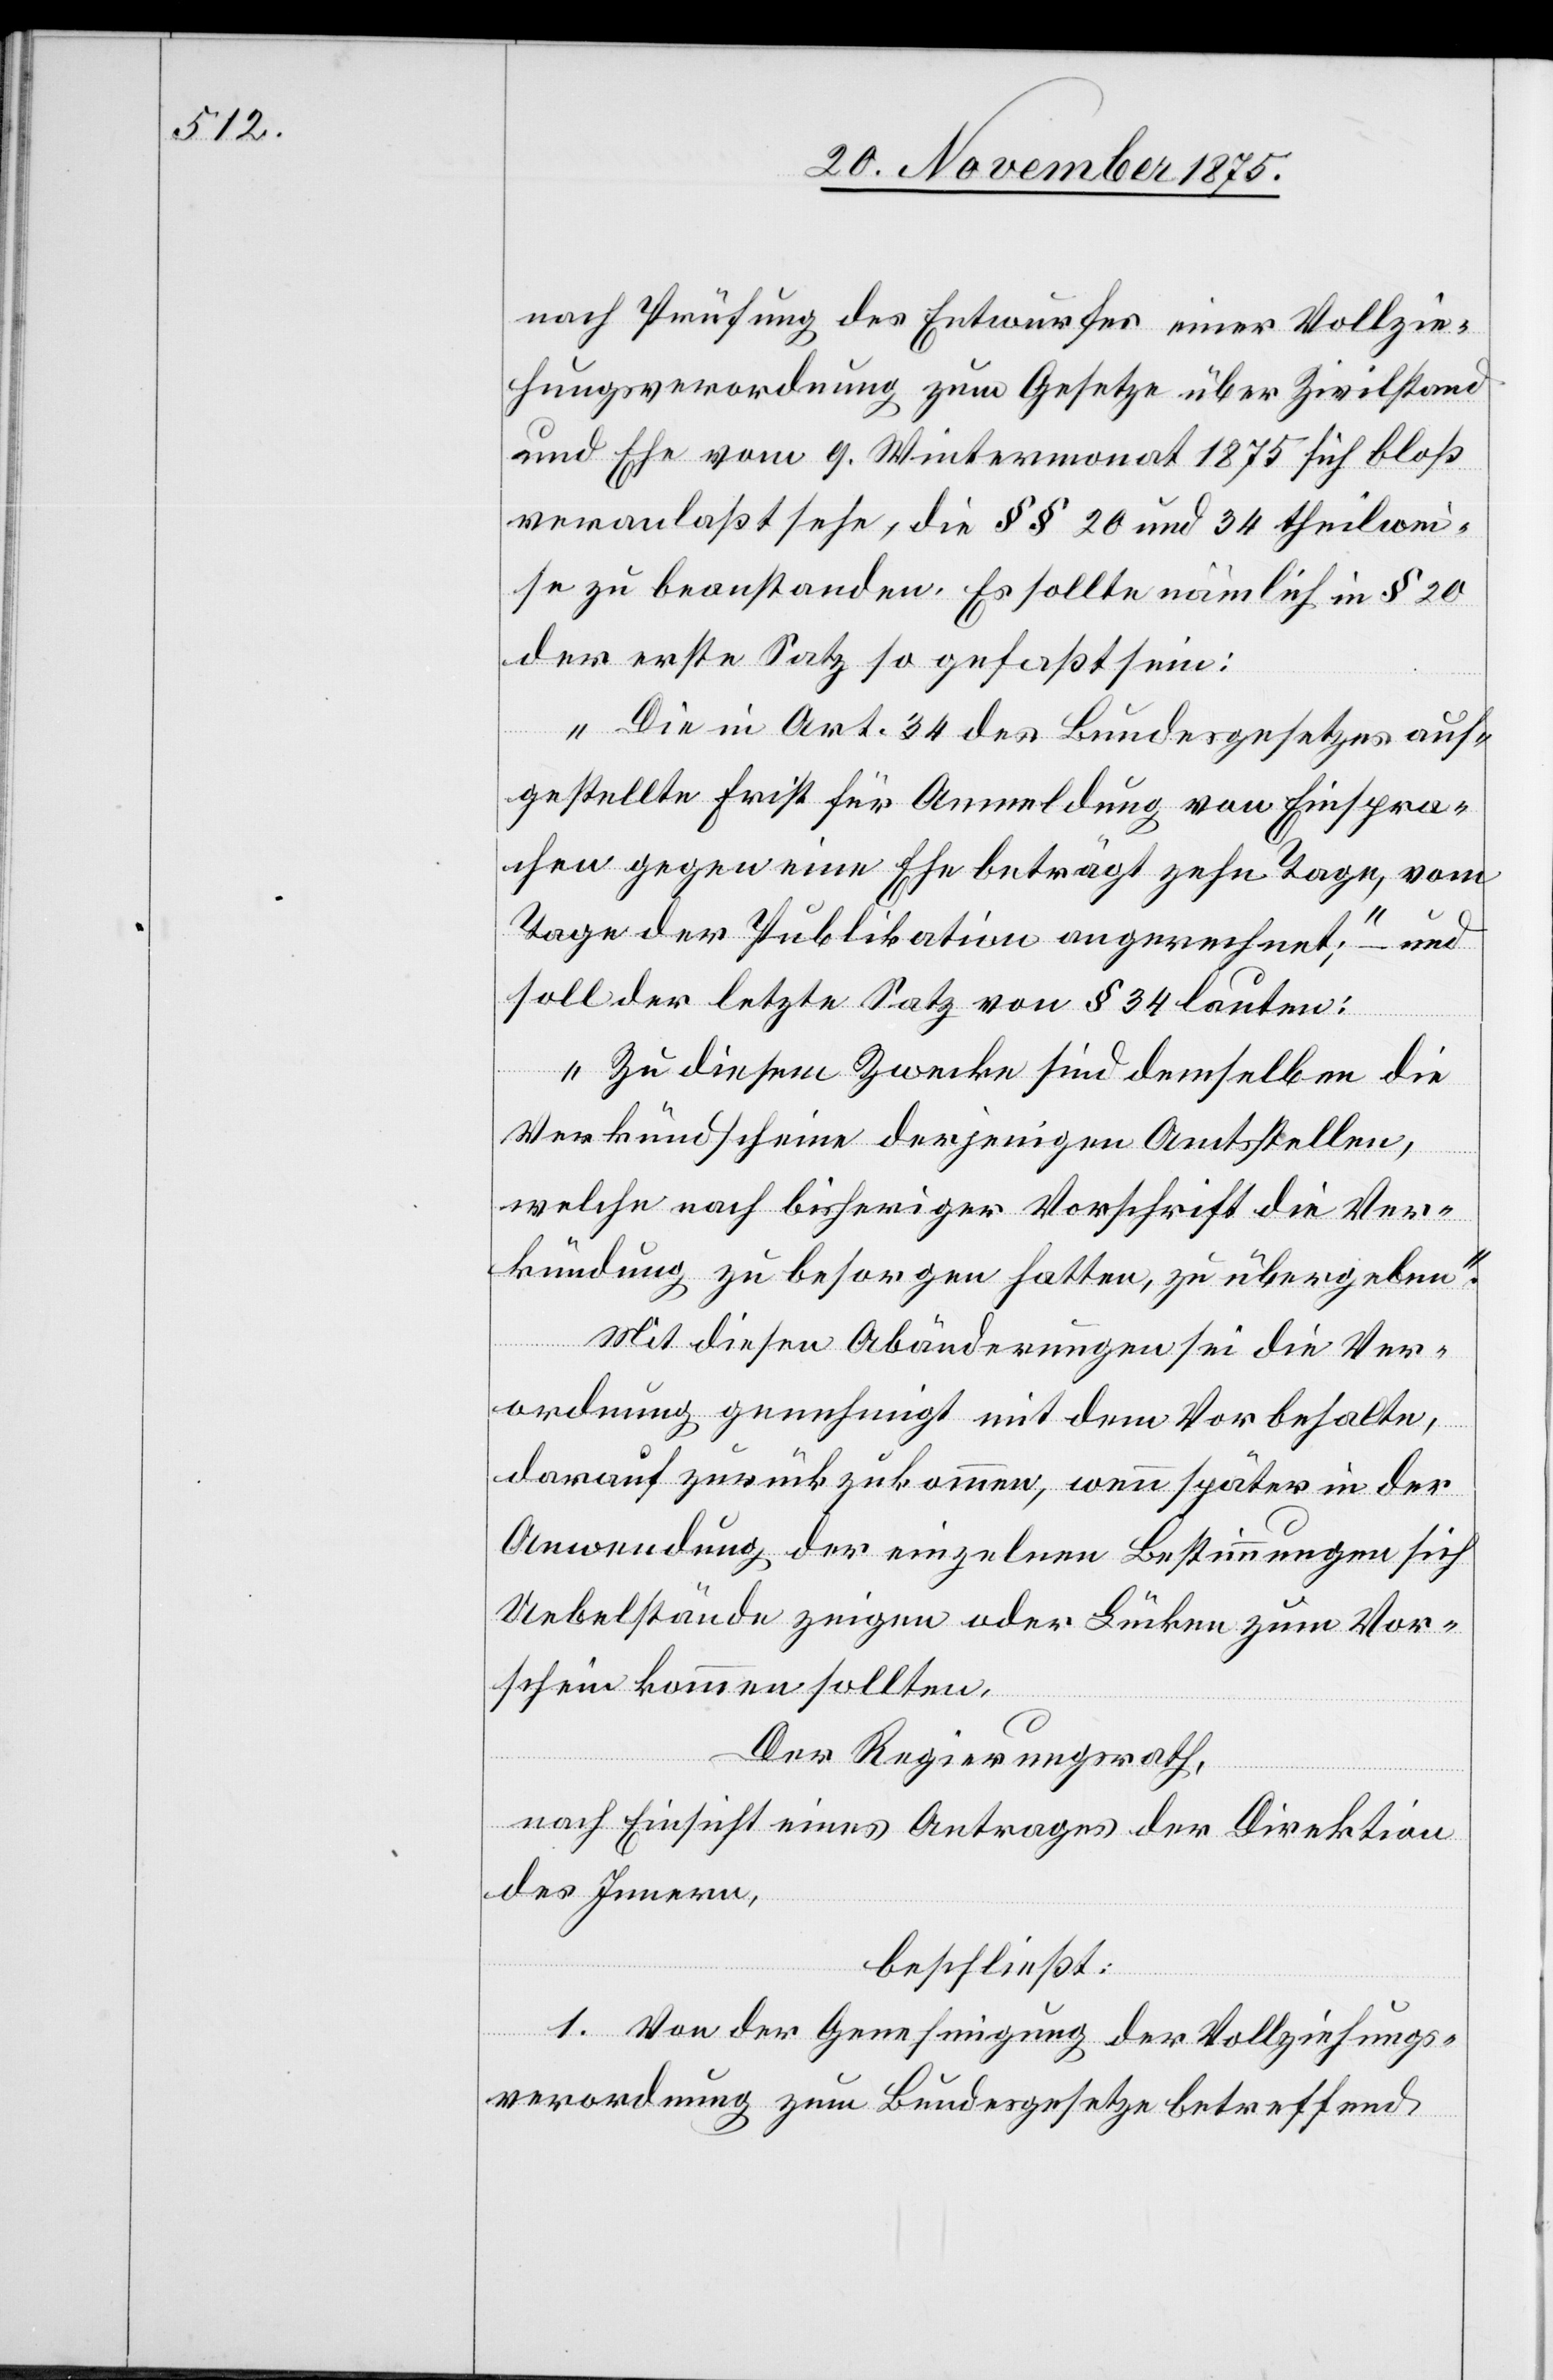
nach Prüfung des Entwurfes einer Vollzie¬
hungsverordnung zum Gesetze über Zivilstand
und Ehe vom 9. Wintermonat 1875 sich bloß
veranlaßt sehe, die §§ 20 und 34 theilwei¬
se zu beanstanden. Es sollte nämlich in § 20
der erste Satz so gefaßt sein:
„Die in Art. 34 des Bundesgesetzes auf¬
gestellte Frist für Anmeldung von Einspra¬
chen gegen eine Ehe beträgt zehn Tage, vom
Tage der Publikation angerechnet [sic!];“ – und
soll der letzte Satz von § 34 lauten:
„Zu diesem Zwecke sind demselben die
Verkündscheine derjenigen Amtsstellen,
welche nach bisheriger Vorschrift die Ver¬
kündung zu besorgen hatten, zu übergeben.“
Mit diesen Abänderungen sei die Ver¬
ordnung genehmigt mit dem Vorbehalte,
darauf zurückzukommen, wenn später in der
Anwendung der einzelnen Bestimmungen sich
Uebelstände zeigen oder Lücken zum Vor¬
schein kommen sollten.
Der Regierungsrath,
nach Einsicht eines Antrages der Direktion
des Innern,
beschließt:
1. Von der Genehmigung der Vollziehungs¬
verordnung zum Bundesgesetze betreffend